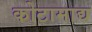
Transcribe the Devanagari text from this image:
कोटामाद्य